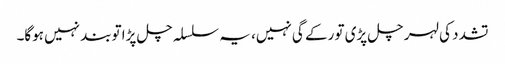
تشدد کی لہر چل پڑی تو رکے گی نہیں، یہ سلسلہ چل پڑا توبند نہیں ہوگا۔